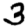
Digit: 3